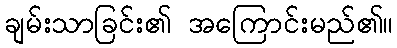
ချမ်းသာခြင်း၏ အကြောင်းမည်၏။